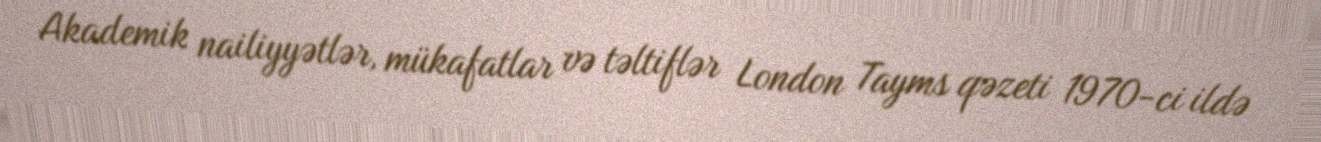
Akademik nailiyyətlər, mükafatlar və təltiflər London Tayms qəzeti 1970-ci ildə